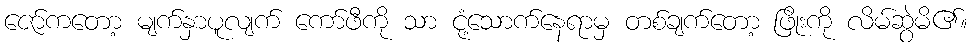
ဇော်ကတော့ မျက်နှာပူလျက် ကော်ဖီကို သာ ငုံ့သောက်နေရာမှ တစ်ချက်တော့ ဖြိုးကို လိမ်ဆွဲမိ၏။